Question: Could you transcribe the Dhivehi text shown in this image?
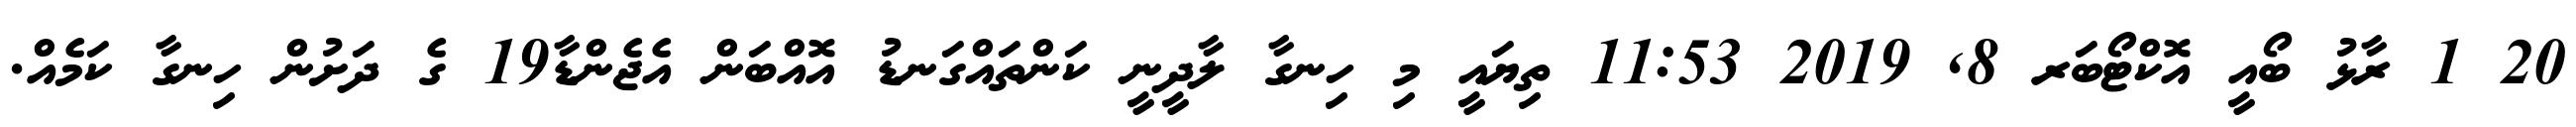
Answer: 20 1 ރާޅު ބޯއީ އޮކްޓޯބަރ 8, 2019 11:53 ތިޔައީ މި ހިނގާ ލާދީނީ ކަންތައްގަނޑު އޮއްބަން އެޖެންޑާ19 ގެ ދަށުން ހިނގާ ކަމެއް.